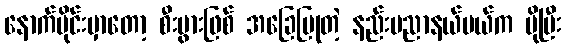
နောက်ပိုင်းမှာတော့ စီးပွားဖြစ် အခြေပြုတဲ့ နည်းပညာနယ်ပယ်က ပိုပြီး